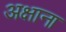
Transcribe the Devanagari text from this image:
अक्षाना